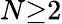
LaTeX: N{\ge}2